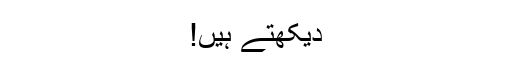
دیکھتے ہیں!